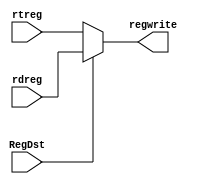
`timescale 1ns / 1ps
//////////////////////////////////////////////////////////////////////////////////
// Company: 
// Engineer: 
// 
// Design Name: 
// Module Name: regWriteAddress
// Project Name: 
// Target Devices: 
// Tool Versions: 
// Description: 
// 
// Dependencies: 
// 
// Revision:
// Revision 0.01 - File Created
// Additional Comments:
// 
//////////////////////////////////////////////////////////////////////////////////


module regWriteAddress(input RegDst, input [4:0] rtreg, input [4:0] rdreg, output [4:0] regwrite);
    assign regwrite = RegDst ? rdreg : rtreg;
endmodule